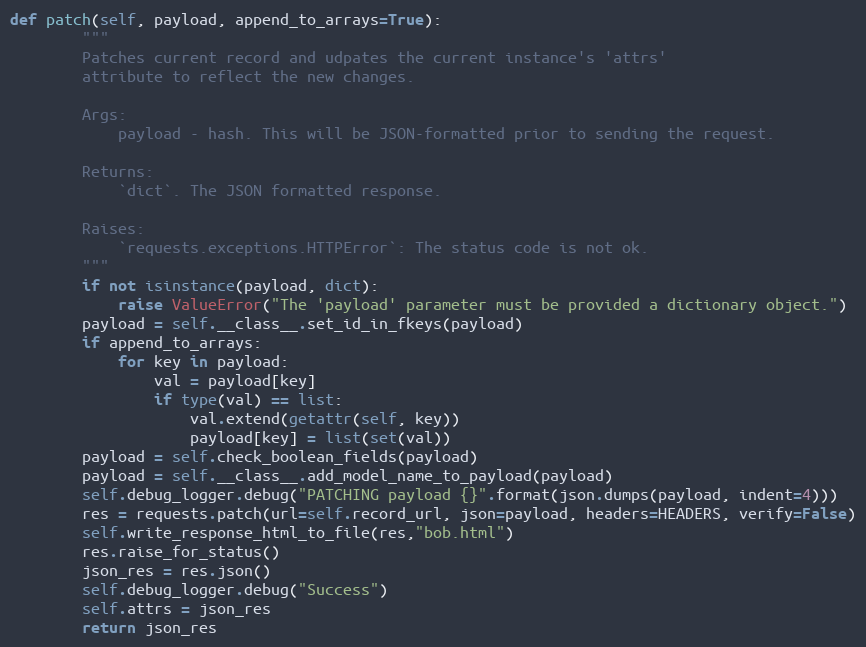
Language: Python
def patch(self, payload, append_to_arrays=True):
        """
        Patches current record and udpates the current instance's 'attrs'
        attribute to reflect the new changes.

        Args:
            payload - hash. This will be JSON-formatted prior to sending the request.

        Returns:
            `dict`. The JSON formatted response.

        Raises:
            `requests.exceptions.HTTPError`: The status code is not ok.
        """
        if not isinstance(payload, dict):
            raise ValueError("The 'payload' parameter must be provided a dictionary object.")
        payload = self.__class__.set_id_in_fkeys(payload)
        if append_to_arrays:
            for key in payload:
                val = payload[key]
                if type(val) == list:
                    val.extend(getattr(self, key))
                    payload[key] = list(set(val))
        payload = self.check_boolean_fields(payload)
        payload = self.__class__.add_model_name_to_payload(payload)
        self.debug_logger.debug("PATCHING payload {}".format(json.dumps(payload, indent=4)))
        res = requests.patch(url=self.record_url, json=payload, headers=HEADERS, verify=False)
        self.write_response_html_to_file(res,"bob.html")
        res.raise_for_status()
        json_res = res.json()
        self.debug_logger.debug("Success")
        self.attrs = json_res
        return json_res